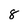
Character: 8